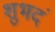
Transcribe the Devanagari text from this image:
शुभदं